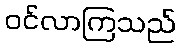
ဝင်လာကြသည်